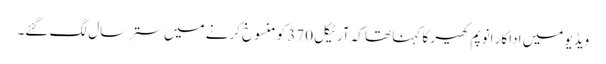
ویڈیو میں اداکار انوپم کھیر کا کہنا تھا کہ آرٹیکل 370 کو منسوخ کرنے میں ستر سال لگ گئے۔